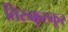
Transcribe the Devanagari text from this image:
तिरुक्कुरुकूर